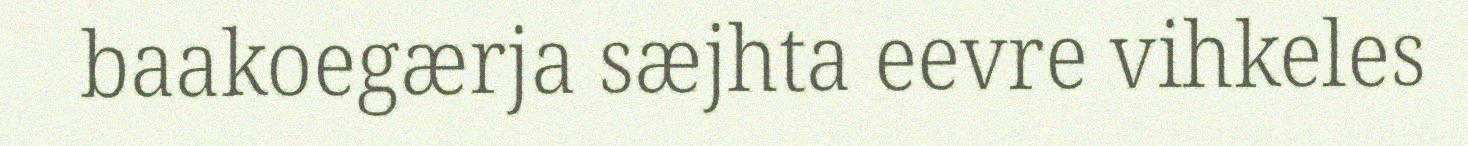
baakoegærja sæjhta eevre vihkeles